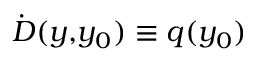
\dot { \cal D } ( y , \! y _ { 0 } ) \equiv q ( y _ { 0 } )